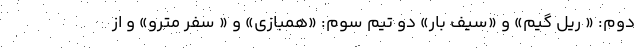
دوم: « ریل گیم» و «سیف بار» دو تیم سوم: «همبازی» و « سفر مترو» و از